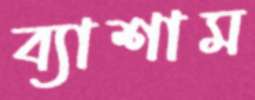
ব্যাশাম